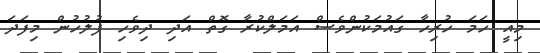
މިއީ ހަމަ ހުރިހާ ގައުމަކުންވެސް އަމަލްކުރާ ގޮތް އަދި ދިވެހި ފުލުހުން މިފަދަ